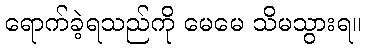
ရောက်ခဲ့ရသည်ကို မေမေ သိမသွားရ။